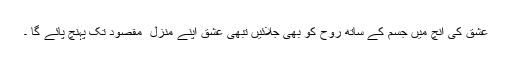
عشق کی آنچ میں جسم کے ساتھ روح کو بھی جلائیں تبھی عشق اپنے منزل ِ مقصود تک پہنچ پائے گا ۔